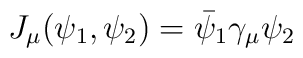
J_{\mu}(\psi_{1},\psi_{2})=\bar{\psi}_{1}\gamma_{\mu}\psi_{2}